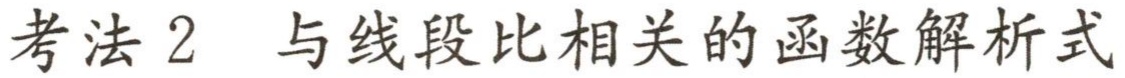
考法 2  与线段比相关的函数解析式